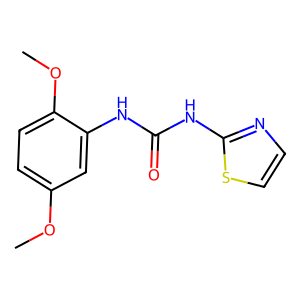
SMILES: COc1ccc(OC)c(NC(=O)Nc2nccs2)c1
Inhibits HIV replication: No